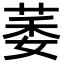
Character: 萎